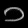
Digit: ၁